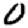
Digit: 0